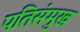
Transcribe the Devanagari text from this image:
पतिसंमुख